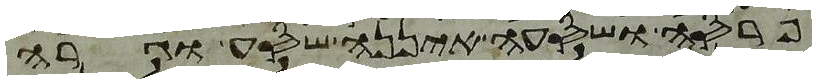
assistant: פרסה ושסעה איננה שסע וגרה